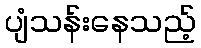
ပျံသန်းနေသည့်